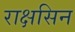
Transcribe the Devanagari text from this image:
राक्षसिन